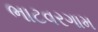
ભાટવરગામ